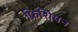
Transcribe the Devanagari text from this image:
फ्रिशियन